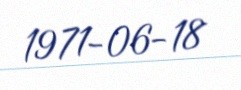
1971-06-18